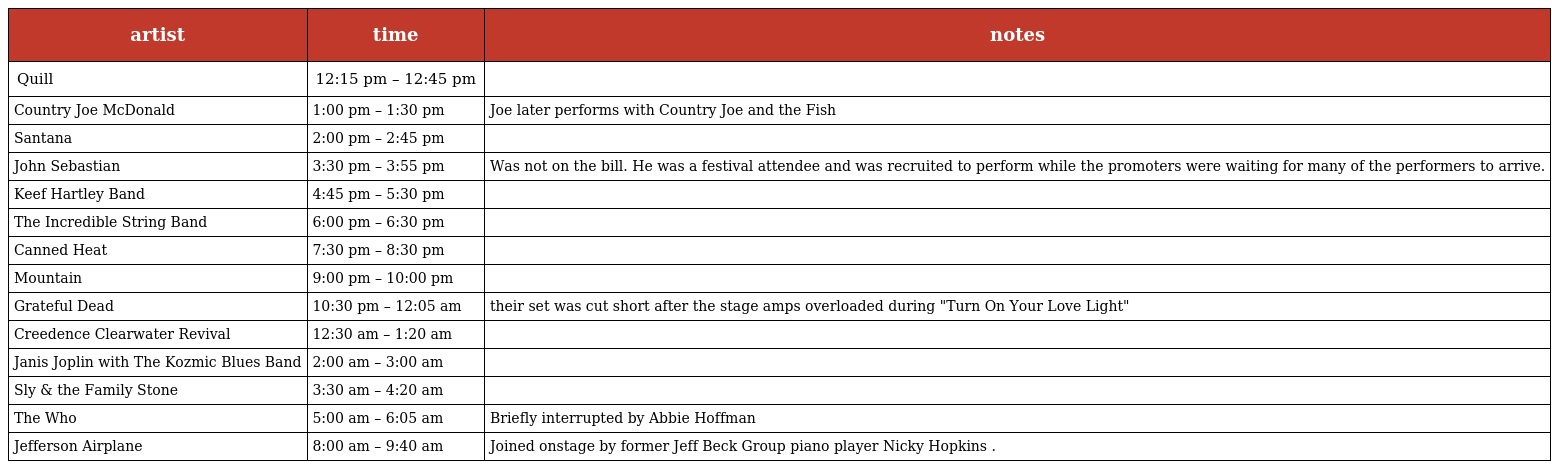
| artist | time | notes |
 | --- | --- | --- |
 | Quill | 12:15 pm – 12:45 pm |  |
 | Country Joe McDonald | 1:00 pm – 1:30 pm | Joe later performs with Country Joe and the Fish |
 | Santana | 2:00 pm – 2:45 pm |  |
 | John Sebastian | 3:30 pm – 3:55 pm | Was not on the bill. He was a festival attendee and was recruited to perform while the promoters were waiting for many of the performers to arrive. |
 | Keef Hartley Band | 4:45 pm – 5:30 pm |  |
 | The Incredible String Band | 6:00 pm – 6:30 pm |  |
 | Canned Heat | 7:30 pm – 8:30 pm |  |
 | Mountain | 9:00 pm – 10:00 pm |  |
 | Grateful Dead | 10:30 pm – 12:05 am | their set was cut short after the stage amps overloaded during "Turn On Your Love Light" |
 | Creedence Clearwater Revival | 12:30 am – 1:20 am |  |
 | Janis Joplin with The Kozmic Blues Band | 2:00 am – 3:00 am |  |
 | Sly & the Family Stone | 3:30 am – 4:20 am |  |
 | The Who | 5:00 am – 6:05 am | Briefly interrupted by Abbie Hoffman |
 | Jefferson Airplane | 8:00 am – 9:40 am | Joined onstage by former Jeff Beck Group piano player Nicky Hopkins . |